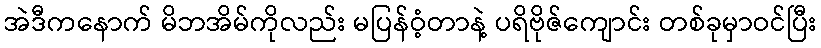
အဲဒီကနောက် မိဘအိမ်ကိုလည်း မပြန်ဝံ့တာနဲ့ ပရိဗိုဇ်ကျောင်း တစ်ခုမှာဝင်ပြီး